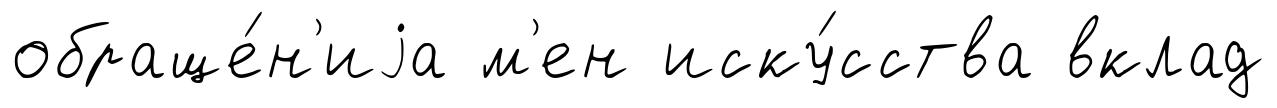
обраще́н'иjа м'ен иску́сства вклад